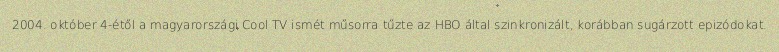
2004. október 4-étől a magyarországi Cool TV ismét műsorra tűzte az HBO által szinkronizált, korábban sugárzott epizódokat.